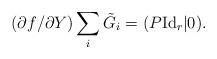
LaTeX: \begin{align*}(\partial f/\partial Y)\sum_i{\tilde G}_i=(P\mbox{Id}_r|0).\end{align*}